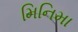
મિનિમા